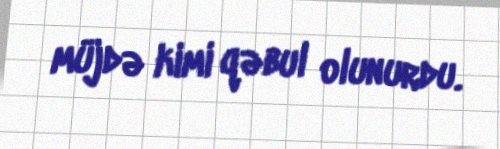
müjdə kimi qəbul olunurdu.